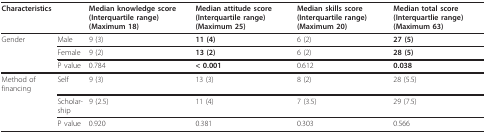
<table><thead><tr><td><b>Characteristics</b></td><td></td><td><b>Median knowledge score (Interquartile range) (Maximum 18)</b></td><td><b>Median attitude score (Interquartile range) (Maximum 25)</b></td><td><b>Median skills score (Interquartile range) (Maximum 20)</b></td><td><b>Median total score (Interquartlie range) (Maximum 63)</b></td></tr></thead><tbody><tr><td>Gender</td><td>Male</td><td>9 (3)</td><td><b>11 (4)</b></td><td>6 (2)</td><td><b>27 (5)</b></td></tr><tr><td></td><td>Female</td><td>9 (2)</td><td><b>13 (2)</b></td><td>6 (2)</td><td><b>28 (5)</b></td></tr><tr><td></td><td>P value</td><td>0.784</td><td><b>&lt; 0.001</b></td><td>0.612</td><td><b>0.038</b></td></tr><tr><td>Method of financing</td><td>Self</td><td>9 (3)</td><td>13 (3)</td><td>8 (2)</td><td>28 (5.5)</td></tr><tr><td></td><td>Scholar-ship</td><td>9 (2.5)</td><td>11 (4)</td><td>7 (3.5)</td><td>29 (7.5)</td></tr><tr><td></td><td>P value</td><td>0.920</td><td>0.381</td><td>0.303</td><td>0.566</td></tr></tbody></table>